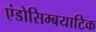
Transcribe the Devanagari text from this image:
एंडोसिम्बयाटिक